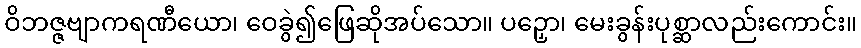
ဝိဘဇ္ဇဗျာကရဏီယော၊ ဝေခွဲ၍ဖြေဆိုအပ်သော။ ပဉှော၊ မေးခွန်းပုစ္ဆာလည်းကောင်း။